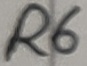
Text: R6